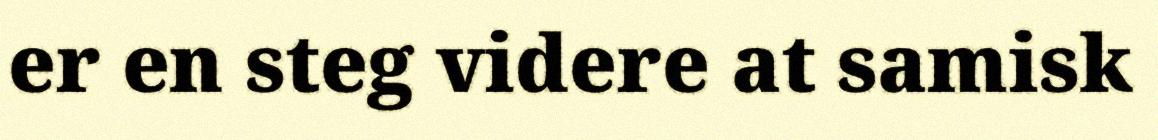
er en steg videre at samisk